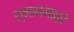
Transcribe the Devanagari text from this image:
स्नानमात्रे